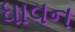
ધાવન